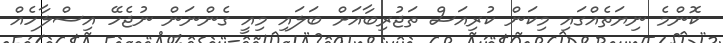
ކޮންމެ ނިޔަތެއްގައި މިކަން ކުރިއަސް ތަޖުރިބާއަށް ބަލައި މިއީ ގެންނަން ނުޖެހޭ އިސްލާހެއް